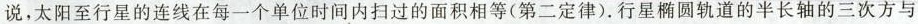
说，太阳至行星的连线在每一个单位时间内扫过的面积相等(第二定律)。行星椭圆轨道的半长轴的三次方与